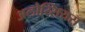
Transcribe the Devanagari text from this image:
अलोय्सियस